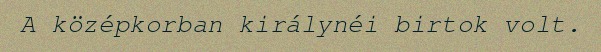
A középkorban királynéi birtok volt.